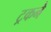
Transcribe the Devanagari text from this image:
ट्रकने